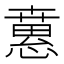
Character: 𢡘